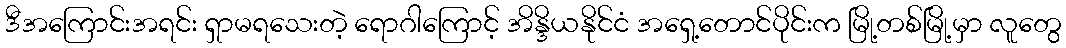
ဒီအကြောင်းအရင်း ရှာမရသေးတဲ့ ရောဂါကြောင့် အိန္ဒိယနိုင်ငံ အရှေ့တောင်ပိုင်းက မြို့တစ်မြို့မှာ လူတွေ